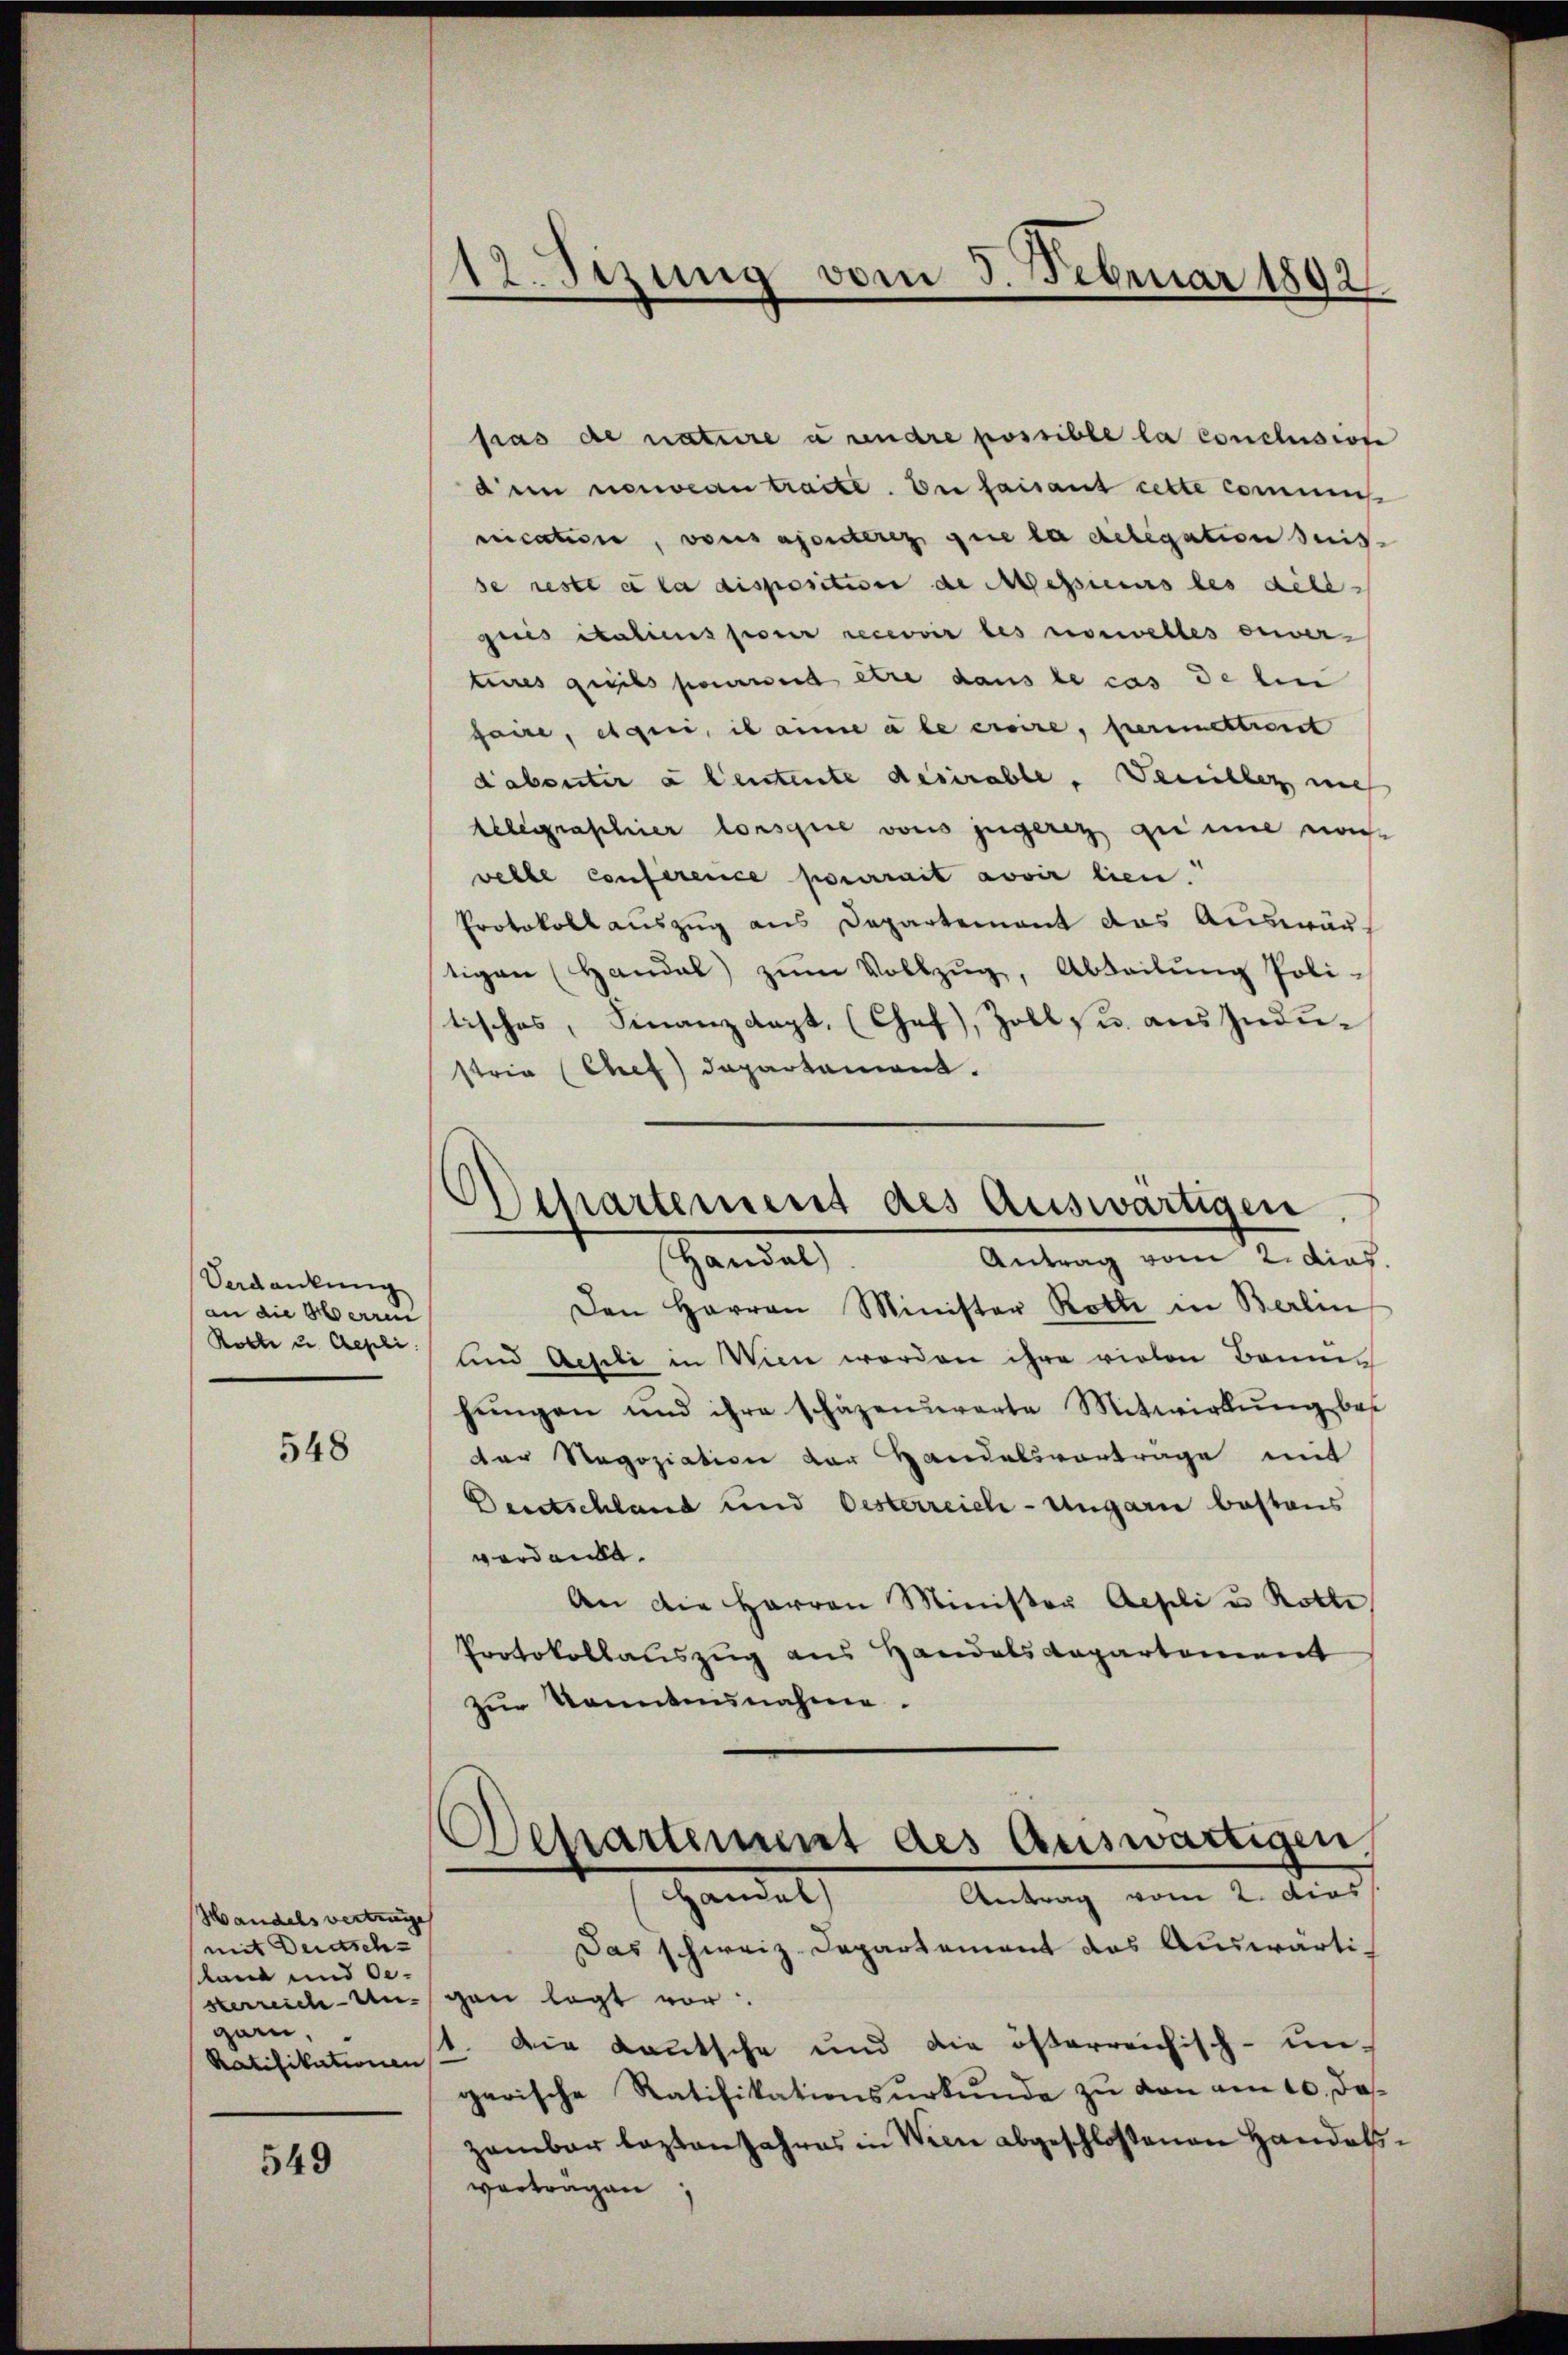
Verdankung
an die Herren
Rolle u. Gepli.

548

Handelsvertrage
mit Deidsch
land und Oesterreich-Ungarn,

549

12. Sizung vom 3. Februar 1892.

fras de nature u andre possible la conclusiose
dein neuveau tracte. Die faisant cette commiß
nication, vonsenteres que la delegation seis
se reste a la disposition de Massimus des deli
gues italins pour recevoir les norwelles ouvertures quels pourra être dans le cas de lin
soire, qui, il ainie a le croire, permettient
dabanter à leutente desirable. Denibles nich
Gelegraschier lorsque vons jugeren grime noch
welle conference pourrait avoir lien
Protokollauszug aus Departement das Auswär-
tigen (Handal zŭm Vollzŭg, Abteilŭng Poli-
tisches, Finanzdapt. (Chef), Zoll si aus Industria Chef departement.
Den Herren Minister Rotte in Berlin
und Aesili in Wien worden ihre vielen Bruns
hungen und ihre schäzenuerte Mitwirkung bes
der Regoziation der Handelsvortrage mit
Deutschland und Oesterreich-Ungarn bestens
verdanke.
An die Herren Minister Aesli u. Rotte
Protokollauszug aus Handelsdepartement
zŭr Konntennahme.
Separtement des Auswärtigen.
Handel
Antrag vom 2. dies
Das schweiz. Departement des Auswärti-
gan legt vor
Ratifikationen. Die Kautsche und die österreichisch-un-
garische Ratifikationsurkunde zu von am 10. Daszambar lezten Jahres in Wein abgeschloßenen Handelsvorträgen

chartement des Auswärtigen
Handel
Antrag vom 2. dies